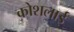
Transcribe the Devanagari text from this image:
कोशलाई